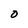
Character: O